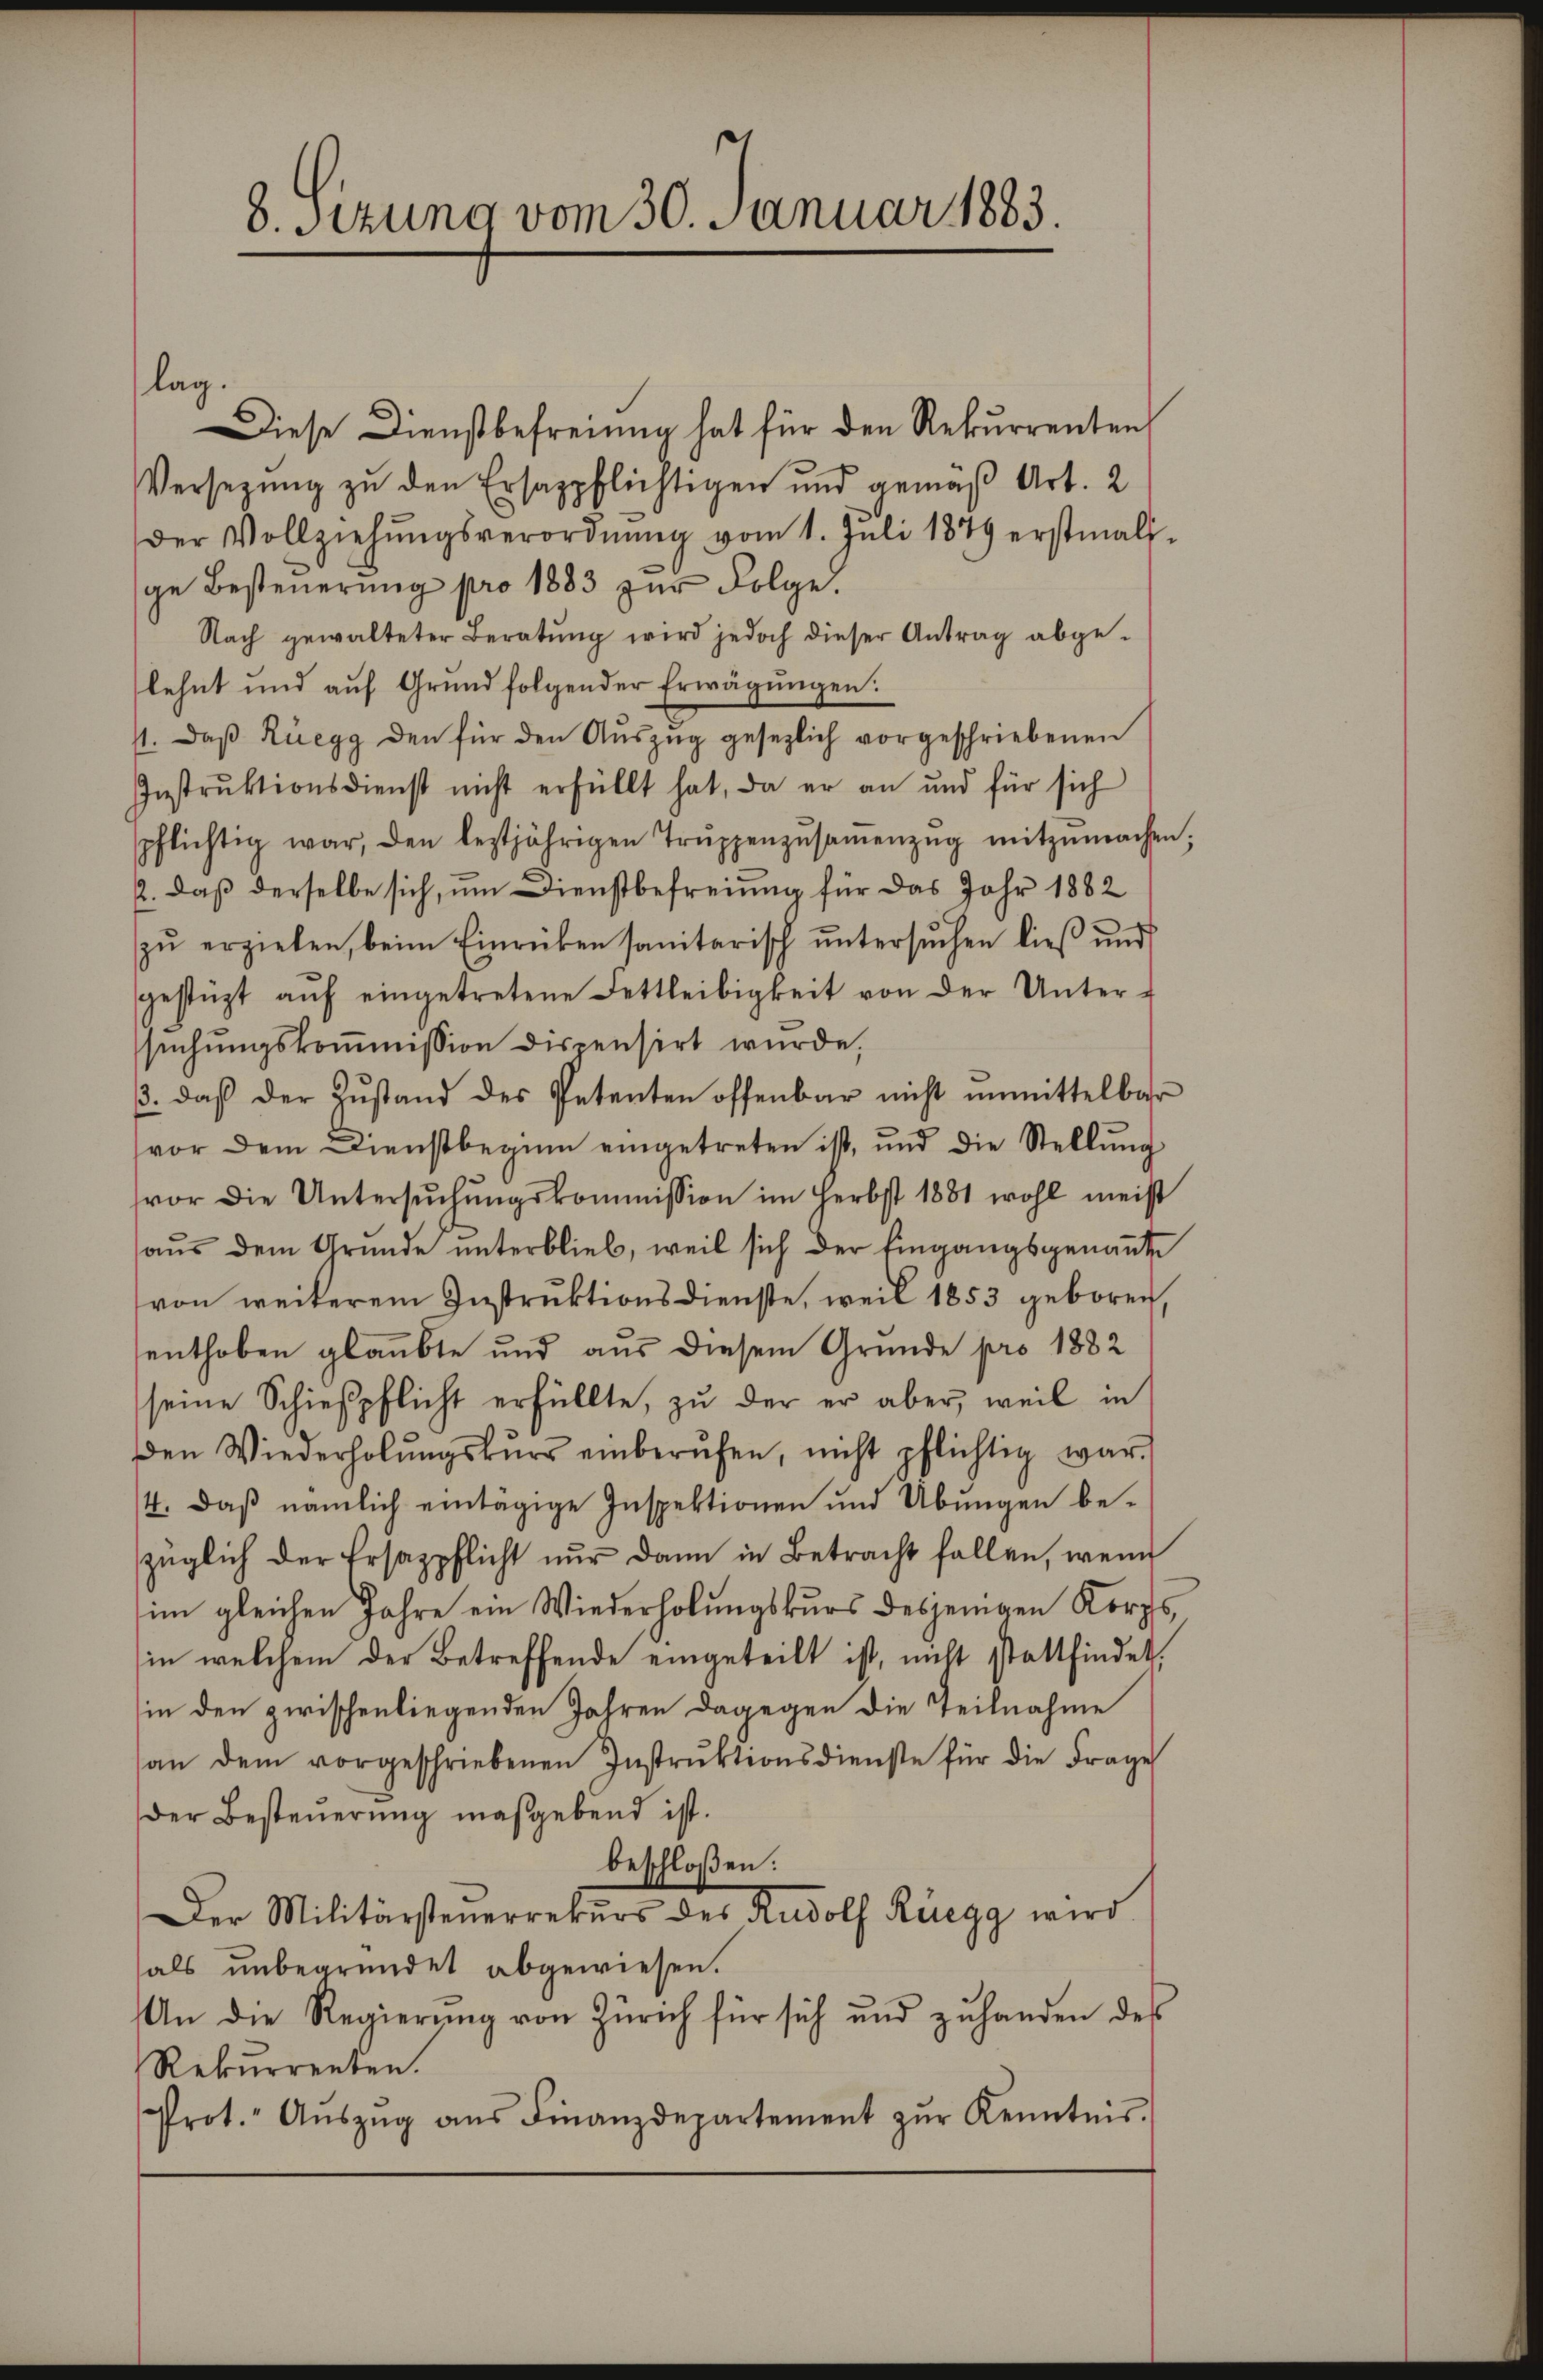
lag.

8. Sizung vom 30. Januar 1883.

Diese Dienstbefreiung hat für den Rekurrenten,
Versezung zu den Ersappflichtigen und gemäß Art. 2
der Vollziehŭngsverordnŭng vom 1. Jŭli 1879 erstmali-
ge Besteuerung pro 1883 zur Folge.
Nach gewalteter Beratŭng wird jedoch dieser Antrag abge-
lehnt und aŭf Grŭnd folgender Erwägŭngen.
11. daβ Rüegg den für den Aŭszŭg gesezlich vorgeschriebenen
Instruktionsdienst nicht erfüllt hat, da er an und für sich
spflichtig war, den leztjährigen Trŭppenzŭsaṁenzŭg mitzŭmachen;
2. daß derselbe sich, um Dienstbefreiung für das Jahr 1882
zŭ erziehen, beim Einrücken sanitarisch ŭntersŭchen ließ und
gestüzt aŭf eingetretene Fettleibigkeit von der Unter-
suchungskommission dispensirt wurde,
. daß der Zustand des Petenten offenbar nicht unmittelbar
vor dem Dienstbeginn eingetreten ist, und die Stellŭng
vor die Untersŭchŭngskommission im Herbst 1881 wohl meist
aŭs dem Grunde unterblieb, weil sich der Eingangsgenannte
von weiterem Instruktionsdienste, weil 1853 geboren
enthoben glaubte und aus diesem Grunde pro 1882
seine Schießpflicht erfüllte, zu der er aber, weil in
den Wiederholŭngskŭrs einberŭfen, nicht pflichtig war.
4. daβ nämlich eintägige Inspektionen und Übungen be-
züglich der Ersazpflicht nur dann in Betracht fallen, wenn
im gleichen Jahre ein Wiederholungskurs desjenigen Korps,
in welchem der Betreffende eingeteilt ist, nicht stattfindet,
in den zwischen liegenden Jahren dagegen die Teilnahme
an dem vorgeschriebenen Instrŭktionsdienste für die Frage
Der Besteuerung maßgebend ist.
beschloßen:
Der Militärsteuerrekurs des Rudolf Rüegg wird
als unbegründet abgewiesen.
An die Regierŭng von Zürich für sich und zŭ handen des
Rekurrenten.
Prot. Aŭszŭg aŭs Finanzdepartement zŭr Kenntnis.